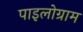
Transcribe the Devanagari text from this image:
पाइलोग्राम